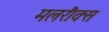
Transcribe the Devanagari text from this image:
मलरौक्स